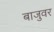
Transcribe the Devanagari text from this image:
बाजुवर